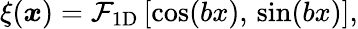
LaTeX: \begin{array}{r}{\xi({\boldsymbol x})=\mathcal{F}_{\mathrm{1D}}\left[\cos(bx),\, \sin(bx)\right],}\end{array}